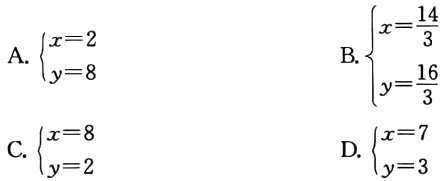
A. $\begin{cases}x = 2\\y = 8\end{cases}$

B. $\begin{cases}x=\frac{14}{3}\\y=\frac{16}{3}\end{cases}$

C. $\begin{cases}x = 8\\y = 2\end{cases}$

D. $\begin{cases}x = 7\\y = 3\end{cases}$